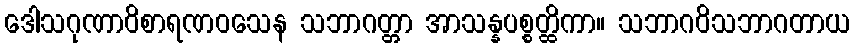
ဒေါသဂုဏာဝိစာရဏဝသေန သဘာဂတ္တာ အာသန္နပစ္စတ္ထိကာ။ သဘာဂဝိသဘာဂတာယ